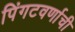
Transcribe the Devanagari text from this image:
पिंगटवर्णाची